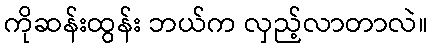
ကိုဆန်းထွန်း ဘယ်က လှည့်လာတာလဲ။